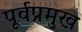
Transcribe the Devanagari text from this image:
पूर्वप्रमुख